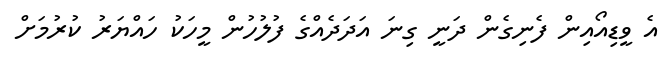
އެ ވީޑިއޯއިން ފެނިގެން ދަނީ ގިނަ އަދަދެއްގެ ފުލުހުން މީހަކު ހައްޔަރު ކުރުމަށް